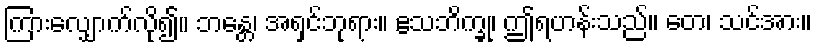
ကြားလျှောက်လို၍။ ဘန္တေ၊ အရှင်ဘုရား။ ဧသဘိက္ခု၊ ဤရဟန်းသည်။ တေ၊ သင်အား။